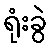
ရုံးခွဲ